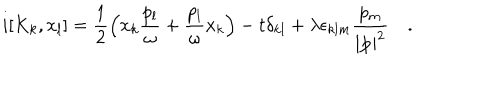
i [ K _ { k } , x _ { l } ] = \frac { 1 } { 2 } \left( x _ { k } \frac { p _ { l } } { \omega } + \frac { p _ { l } } { \omega } x _ { k } \right) - t \delta _ { k l } + \lambda \epsilon _ { k l m } \frac { p _ { m } } { | { \bf p } | ^ { 2 } } ~ .